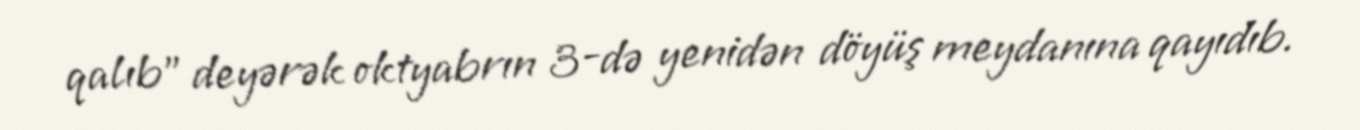
qalıb" deyərək oktyabrın 3-də yenidən döyüş meydanına qayıdıb.